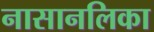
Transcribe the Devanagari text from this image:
नासानलिका